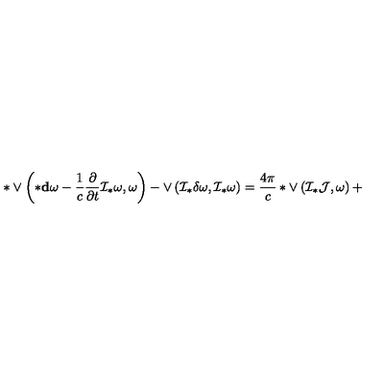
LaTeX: * \vee \left( * { \bf d } \omega - \frac 1 c \frac { \partial } { \partial t } { \cal I } _ { * } \omega , \omega \right) - \vee \left( { \cal I } _ { * } \delta \omega , { \cal I } _ { * } \omega \right) = \frac { 4 \pi } { c } * \vee \left( { \cal I } _ { * } { \cal J } , \omega \right) +